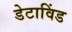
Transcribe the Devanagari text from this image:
डेटाविंड